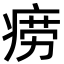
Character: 痨